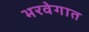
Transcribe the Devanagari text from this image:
भरवेगात